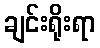
ချင်းရိုးရာ